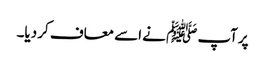
پرآپ ﷺ نے اسے معاف کر دیا۔